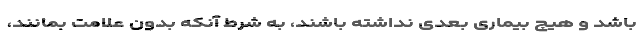
باشد و هیچ بیماری بعدی نداشته باشند، به شرط آنکه بدون علامت بمانند،